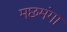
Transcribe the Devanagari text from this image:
मछमंगा